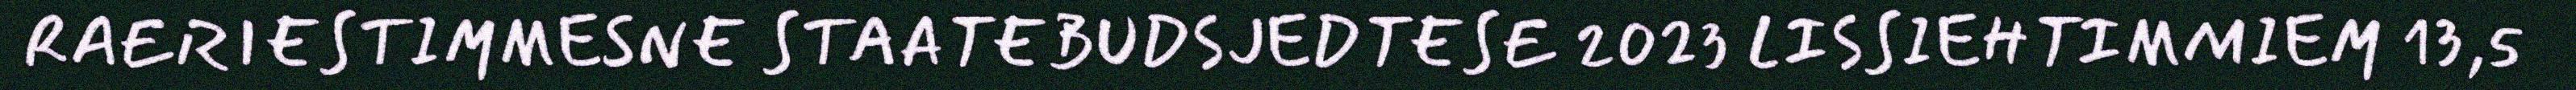
RAERIESTIMMESNE STAATEBUDSJEDTESE 2023 LISSIEHTIMMIEM 13,5